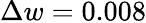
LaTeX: \Delta w=0.008